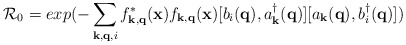
\begin{align*}{\mathcal{R}}_{0} =exp(-\sum_{ {\bf{k}}, {\bf{q}}, i }f^{*}_{ {\bf{k}}, {\bf{q}} }({\bf{x}})f_{ {\bf{k}}, {\bf{q}} }({\bf{x}})[b_{i}({\bf{q}}), a^{\dagger}_{ {\bf{k}} }({\bf{q}})][a_{ {\bf{k}} }({\bf{q}}), b^{\dagger}_{i}({\bf{q}})])\end{align*}